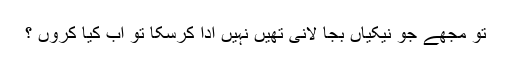
تو مجھے جو نیکیاں بجا لانی تھیں نہیں ادا کرسکا تو اب کیا کروں ؟